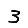
Digit: 3